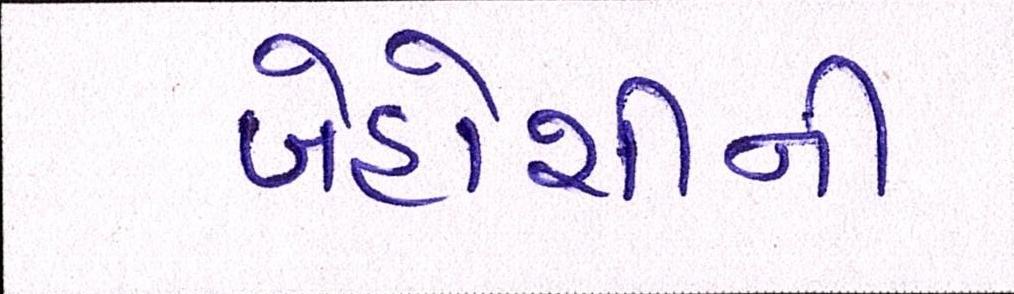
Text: બેહોશીની